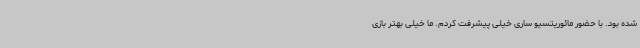
شده بود. با حضور مائوریتسیو ساری خیلی پیشرفت کردم. ما خیلی بهتر بازی